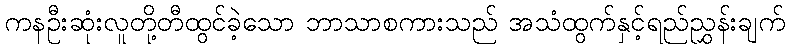
ကနဦးဆုံးလူတို့တီထွင်ခဲ့သော ဘာသာစကားသည် အသံထွက်နှင့်ရည်ညွှန်းချက်